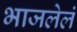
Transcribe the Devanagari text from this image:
भाजलेलं